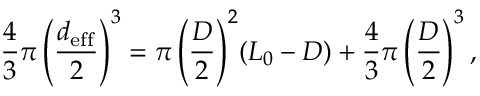
\frac { 4 } { 3 } \pi \left( \frac { d _ { \mathrm { e f f } } } { 2 } \right) ^ { 3 } = \pi \left( \frac { D } { 2 } \right) ^ { 2 } \! ( L _ { 0 } - D ) + \frac { 4 } { 3 } \pi \left( \frac { D } { 2 } \right) ^ { 3 } ,